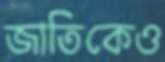
জাতিকেও